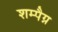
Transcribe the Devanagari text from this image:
शम्पैग्न